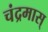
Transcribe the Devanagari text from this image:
चंद्रमास्